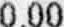
0.00